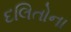
દલિતોના